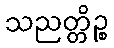
သညတ္တိဉ္စ